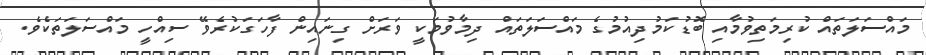
މައްސަލަތައް ކުރިމަތިވުމާއި ބޮޑުކަމުދިއުމުގެ މައްސަލަތައް ދިމާވުމަކީ ވަރަށް ގިނައިން ފާހަގަކުރެވޭ ސިއްހީ މައްސަލަތަކެވެ.